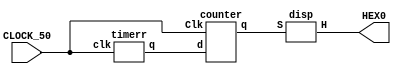
module part4(CLOCK_50,HEX0);
input CLOCK_50;
output [6:0] HEX0;
wire w0;
wire [3:0]w1;

timerr t0(CLOCK_50,w0);
counter c0(w0,CLOCK_50,w1);

disp d0(w1,HEX0);

endmodule

module timerr(clk,q);
input clk;
output q;
reg [25:0] a;
reg qa;
always @(posedge clk)
begin
if(a==50000000)
begin
qa<=1;
a<=0;
end
else
begin
qa<=0;
a<=a+1;
end
end
assign q=qa;
endmodule

module disp(S,H);
 input [3:0]S;
 output [6:0]H;
    
 assign H[0]=(~S[3]&~S[2]&~S[1]&S[0])|(~S[3]&S[2]&~S[1]&~S[0]);
 assign H[1]=(~S[3]&S[2]&~S[1]&S[0])|(~S[3]&S[2]&S[1]&~S[0]);
 assign H[2]=(~S[3]&~S[2]&S[1]&~S[0]);
 assign H[3]=(~S[3]&~S[2]&~S[1]&S[0])|(~S[3]&S[2]&~S[1]&~S[0])|(~S[3]&S[2]&S[1]&S[0]);
 assign H[4]=(~S[3]&~S[2]&~S[1]&S[0])|(~S[3]&~S[2]&S[1]&S[0])|(~S[3]&S[2]&~S[1]&~S[0])|(~S[3]&S[2]&~S[1]&S[0])|
                            (~S[3]&S[2]&S[1]&S[0])|(S[3]&~S[2]&~S[1]&S[0]);
 assign H[5]=(~S[3]&~S[2]&~S[1]&S[0])|(~S[3]&~S[2]&S[1]&~S[0])|(~S[3]&~S[2]&S[1]&S[0])|(~S[3]&S[2]&S[1]&S[0]);
 assign H[6]=(~S[3]&~S[2]&~S[1]&~S[0])|(~S[3]&~S[2]&~S[1]&S[0])|(~S[3]&S[2]&S[1]&S[0]);
    
endmodule

module counter(d,Clk,q);
input d,Clk;
output [3:0] q;
reg [3:0] qa;

always @(posedge Clk)
begin
if(d)
begin
qa<=qa+1;
if(qa==9)
qa<=0;
end
end
assign q=qa;
endmodule